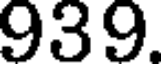
939.